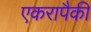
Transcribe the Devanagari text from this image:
एकरापैकी